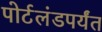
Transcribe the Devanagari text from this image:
पोर्टलंडपर्यंत